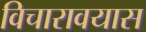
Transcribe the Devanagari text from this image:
विचारावयास